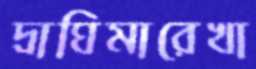
দ্রাঘিমারেখা